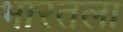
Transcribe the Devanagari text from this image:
भारतला